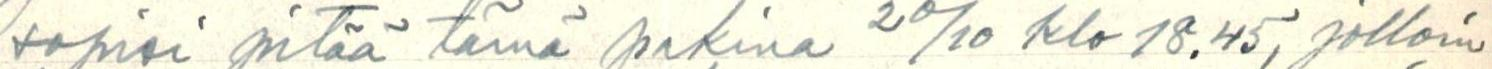
sopisi pitää tämä pakina 20/10 klo 18.45, jolloin